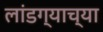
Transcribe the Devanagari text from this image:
लांडग्याच्या